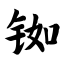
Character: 铷